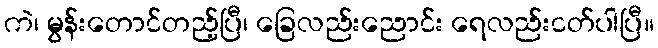
ကဲ၊ မွန်းတောင်တည့်ပြီ၊ ခြေလည်းညောင်း ရေလည်းငတ်ပါပြီ။